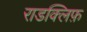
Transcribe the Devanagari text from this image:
राडक्लिफ़